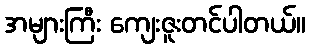
အများကြီး ကျေးဇူးတင်ပါတယ်။